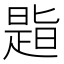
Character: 𪰾